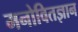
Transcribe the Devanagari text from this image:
मनोवितज्ञान